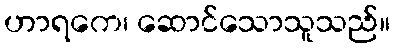
ဟာရကေ၊ ဆောင်သောသူသည်။